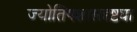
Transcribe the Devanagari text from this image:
ज्योतिषशास्त्रदृष्ट्या